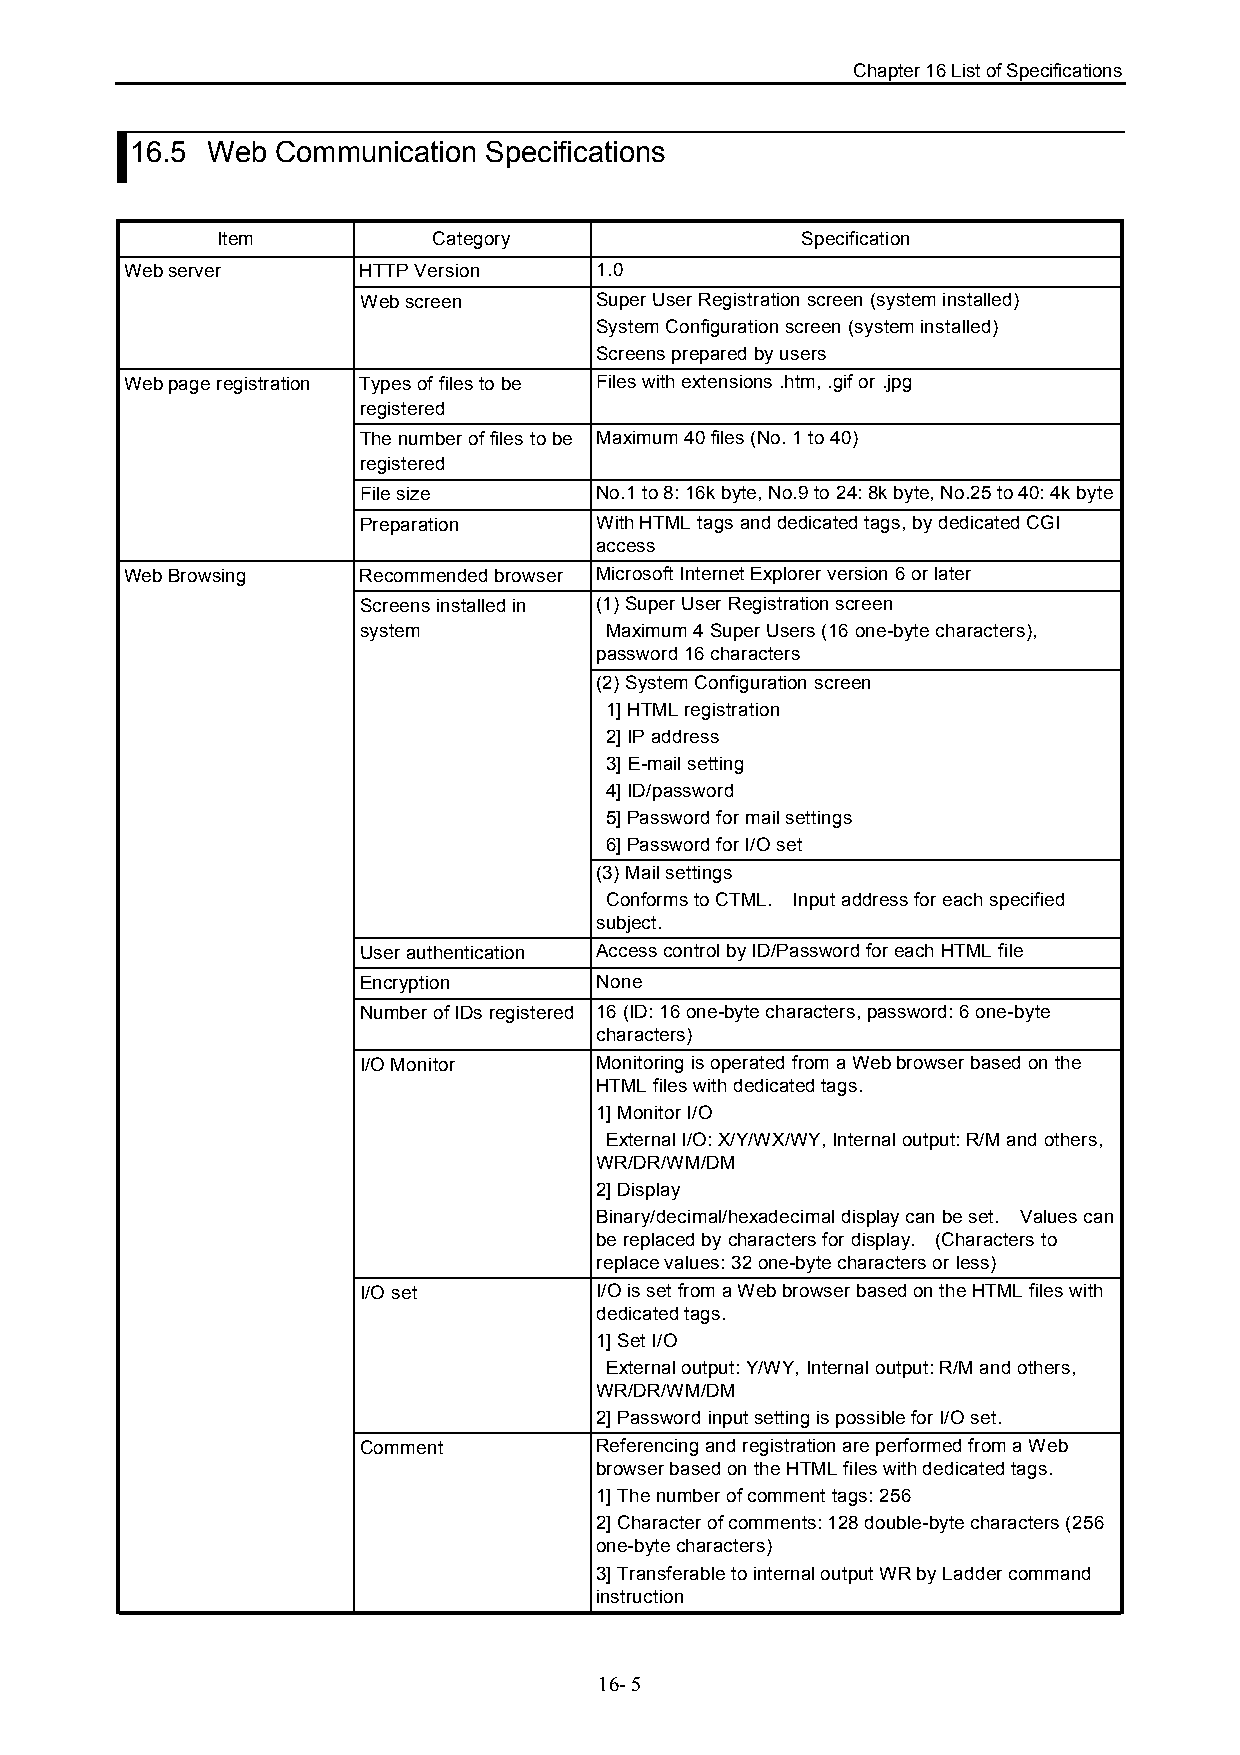
Chapter 16 List of Specifications
 16.5 Web Communication Specifications
 Item           Category                Specification
 Web server      HTTP Version   1.0
 Web screen     Super User Registration screen (system installed)
 System Configuration screen (system installed)
 Screens prepared by users
 Web page registration Types of files to be Files with extensions .htm, .gif or .jpg
 registered
 The number of files to be Maximum 40 files (No. 1 to 40)
 registered
 File size      No.1 to 8: 16k byte, No.9 to 24: 8k byte, No.25 to 40: 4k byte
 Preparation    With HTML tags and dedicated tags, by dedicated CGI
 access
 Web Browsing    Recommended browser Microsoft Internet Explorer version 6 or later
 Screens installed in (1) Super User Registration screen
 system          Maximum 4 Super Users (16 one-byte characters),
 password 16 characters
 (2) System Configuration screen
 1] HTML registration
 2] IP address
 3] E-mail setting
 4] ID/password
 5] Password for mail settings
 6] Password for I/O set
 (3) Mail settings
 Conforms to CTML. Input address for each specified
 subject.
 User authentication Access control by ID/Password for each HTML file
 Encryption     None
 Number of IDs registered 16 (ID: 16 one-byte characters, password: 6 one-byte
 characters)
 I/O Monitor    Monitoring is operated from a Web browser based on the
 HTML files with dedicated tags.
 1] Monitor I/O
 External I/O: X/Y/WX/WY, Internal output: R/M and others,
 WR/DR/WM/DM
 2] Display
 Binary/decimal/hexadecimal display can be set. Values can
 be replaced by characters for display. (Characters to
 replace values: 32 one-byte characters or less)
 I/O set        I/O is set from a Web browser based on the HTML files with
 dedicated tags.
 1] Set I/O
 External output: Y/WY, Internal output: R/M and others,
 WR/DR/WM/DM
 2] Password input setting is possible for I/O set.
 Comment        Referencing and registration are performed from a Web
 browser based on the HTML files with dedicated tags.
 1] The number of comment tags: 256
 2] Character of comments: 128 double-byte characters (256
 one-byte characters)
 3] Transferable to internal output WR by Ladder command
 instruction
 16- 5